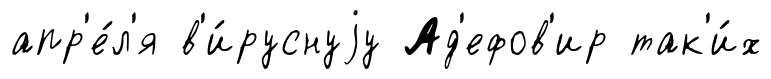
апр'е́л'я в'и́руснуjу Ад'ефов'ир так'и́х